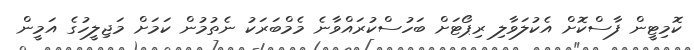
ކޮމިޓީން ފާސްކޮށް އެކުލަވާލި ރިޕޯޓަށް ބަހުސްކުރައްވާނެ މެމްބަރަކު ނެތުމުން ކަމަށް މަޖިލީހުގެ އަމީން